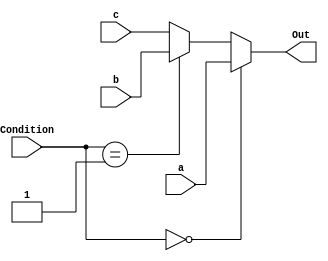
module MUX332
#(parameter addrsize = 32)
(a,b,c,Condition,Out);
	input [addrsize-1:0] a,b,c;
	input [1:0]Condition;
	output [addrsize-1:0]Out;
	assign Out = (Condition == 0) ? a:(Condition == 1)? b:c;
endmodule